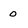
Character: 0